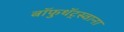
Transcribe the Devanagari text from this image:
बॉफुथॅट्स्वाना